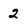
Character: 2